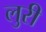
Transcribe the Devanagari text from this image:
लुरी